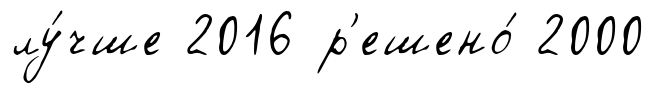
лу́чше 2016 р'ешено́ 2000